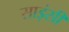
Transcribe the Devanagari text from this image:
साइंसी